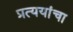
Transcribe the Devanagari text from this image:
प्रत्ययांचा